Indian journal of veterinary science and animal husbandry - Volume 5,
Year: 1935
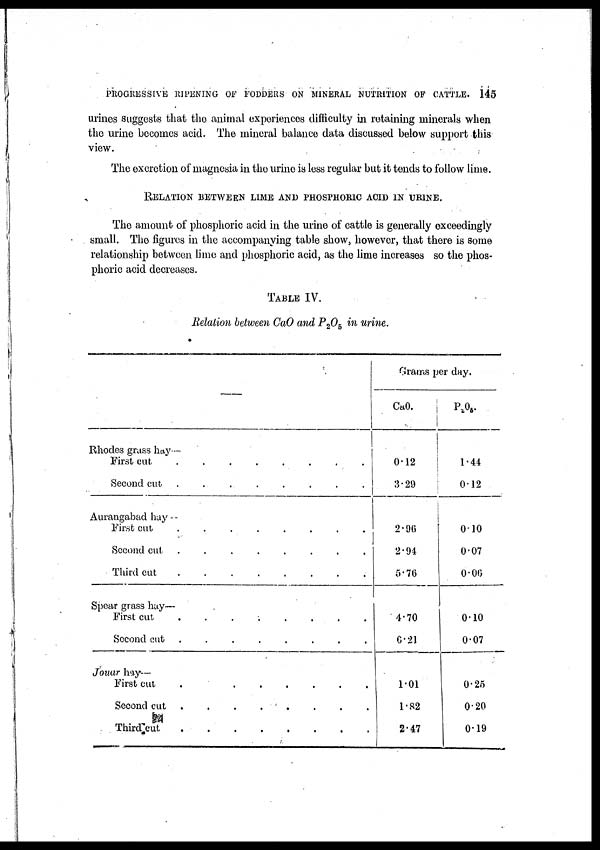
PROGRESSIVE RIPENING OF FODDERS ON MINERAL NUTRITION OF CATTLE. 145
urines suggests that the animal experiences difficulty in retaining minerals when
the urine becomes acid. The mineral balance data discussed below support this
view.
The excretion of magnesia in the urine is less regular but it tends to follow lime.
RELATION BETWEEN LIME AND PHOSPHORIC ACID IN URINE.
The amount of phosphoric acid in the urine of cattle is generally exceedingly
small. The figures in the accompanying table show, however, that there is some
relationship between lime and phosphoric acid, as the lime increases so the phos-
phoric acid decreases.
TABLE IV.
Relation between CaO and P 2 0 5 in urine.
—
Rhodes grass hay—
First cut
.
.
.
.
.
.
.
.
Second cut . . . . . . . .
Aurangabad hay —
First cut . . . . . . . .
Second cut
.
.
.
.
.
.
.
.
Third cut . . . . . . . .
Spear grass hay—
First cut . . . . . . . .
Second cut . . . . . . .
Jouar hay—
First cut . . . . . . . .
Second cut . . . . . . . .
Third cut . . . . . . . .
Grams per day.
CaO.
0.12
3.29
2.96
2.94
5.76
4.70
6.21
1.01
1.82
2.47
P 2 O 5 .
1.44
0.12
0.10
0.07
0.06
0.10
0.07
0.25
0.20
0.19